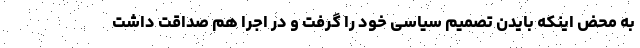
به محض اینکه بایدن تصمیم سیاسی خود را گرفت و در اجرا هم صداقت داشت